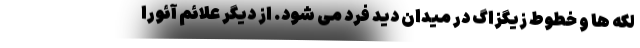
لکه ها و خطوط زیگزاگ در میدان دید فرد می شود. از دیگر علائم آئورا